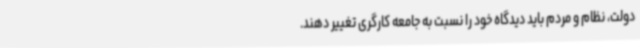
دولت، نظام و مردم باید دیدگاه خود را نسبت به جامعه کارگری تغییر دهند.